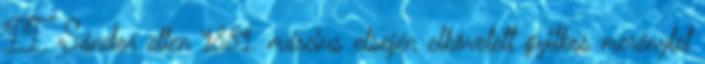
II. Sándor ellen 1881. március elsején elkövetett gyilkos merénylet